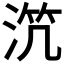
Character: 𣵸